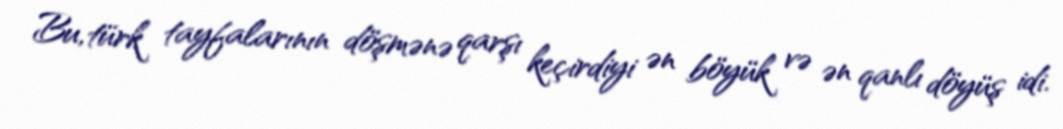
Bu, türk tayfalarının döşmənə qarşı keçirdiyi ən böyük və ən qanlı döyüş idi.